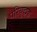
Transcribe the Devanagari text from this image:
परियुद्धक